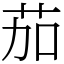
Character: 茄